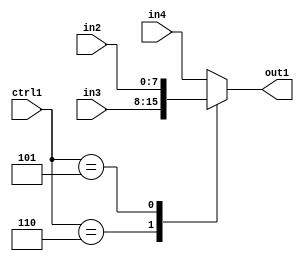
`timescale 1ps / 1ps
/*****************************************************************************
    Verilog RTL Description
    
    
    Created by: Stratus DpOpt 2019.1.01 
*******************************************************************************/

module dut_N_Mux_8_3_11_4 (
	in4,
	in3,
	in2,
	ctrl1,
	out1
	); /* architecture "behavioural" */ 
input [7:0] in4,
	in3,
	in2;
input [2:0] ctrl1;
output [7:0] out1;
wire [7:0] asc001;

reg [7:0] asc001_tmp_0;
assign asc001 = asc001_tmp_0;
always @ (ctrl1 or in3 or in2 or in4) begin
	case (ctrl1)
		3'B110 : asc001_tmp_0 = in3 ;
		3'B101 : asc001_tmp_0 = in2 ;
		default : asc001_tmp_0 = in4 ;
	endcase
end

assign out1 = asc001;
endmodule

/* CADENCE  v7HzQgw= : u9/ySgnWtBlWxVPRXgAZ4Og= ** DO NOT EDIT THIS LINE ******/